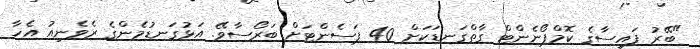
"ބޭރު ފައިސާގެ ކޮމްޕޯނެންޓް ގާތްގަނޑަކަށް 40 ޕަސެންޓަށް ބަރޯސާވޭ. އަޅުގަނޑުމެންގެ ރެވެނިއު އެހާ